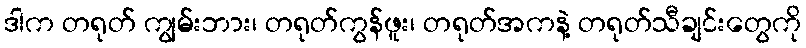
ဒါက တရုတ် ကျွမ်းဘား၊ တရုတ်ကွန်ဖူး၊ တရုတ်အကနဲ့ တရုတ်သီချင်းတွေကို